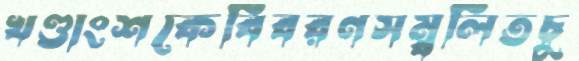
খণ্ডাংশকেবিবরণসম্বলিতচু